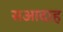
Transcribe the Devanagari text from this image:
सआदाह